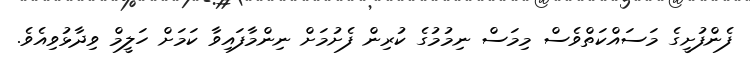
ފެންފުށީގެ މަސައްކަތްވެސް މިމަސް ނިމުމުގެ ކުރިން ފެށުމަށް ނިންމާފައިވާ ކަމަށް ހަލީމް ވިދާޅުވިއެވެ.